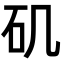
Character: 矶